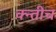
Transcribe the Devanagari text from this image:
क्न्तीच